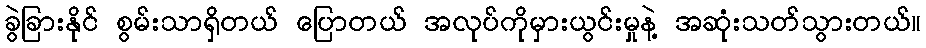
ခွဲခြားနိုင် စွမ်းသာရှိတယ် ပြောတယ် အလုပ်ကိုမှားယွင်းမှုနဲ့ အဆုံးသတ်သွားတယ်။